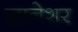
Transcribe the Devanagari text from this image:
ज्ञानेशर